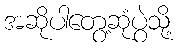
အဆိုပါတွေ့ဆုံပွဲသို့